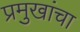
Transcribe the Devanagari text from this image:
प्रमुखांचा